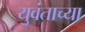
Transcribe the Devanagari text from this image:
युवंताच्या